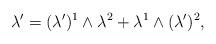
LaTeX: \begin{align*}\lambda' = (\lambda')^1\wedge \lambda^2 + \lambda^1 \wedge (\lambda')^2,\end{align*}